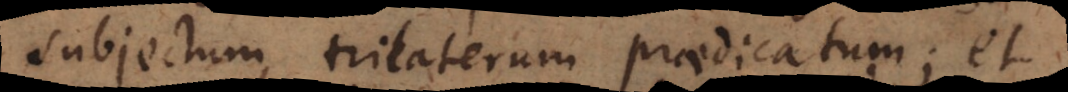
subjectum, trilaterum praedicatum; et